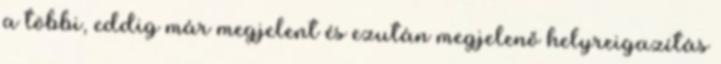
a többi, eddig már megjelent és ezután megjelenő helyreigazítás